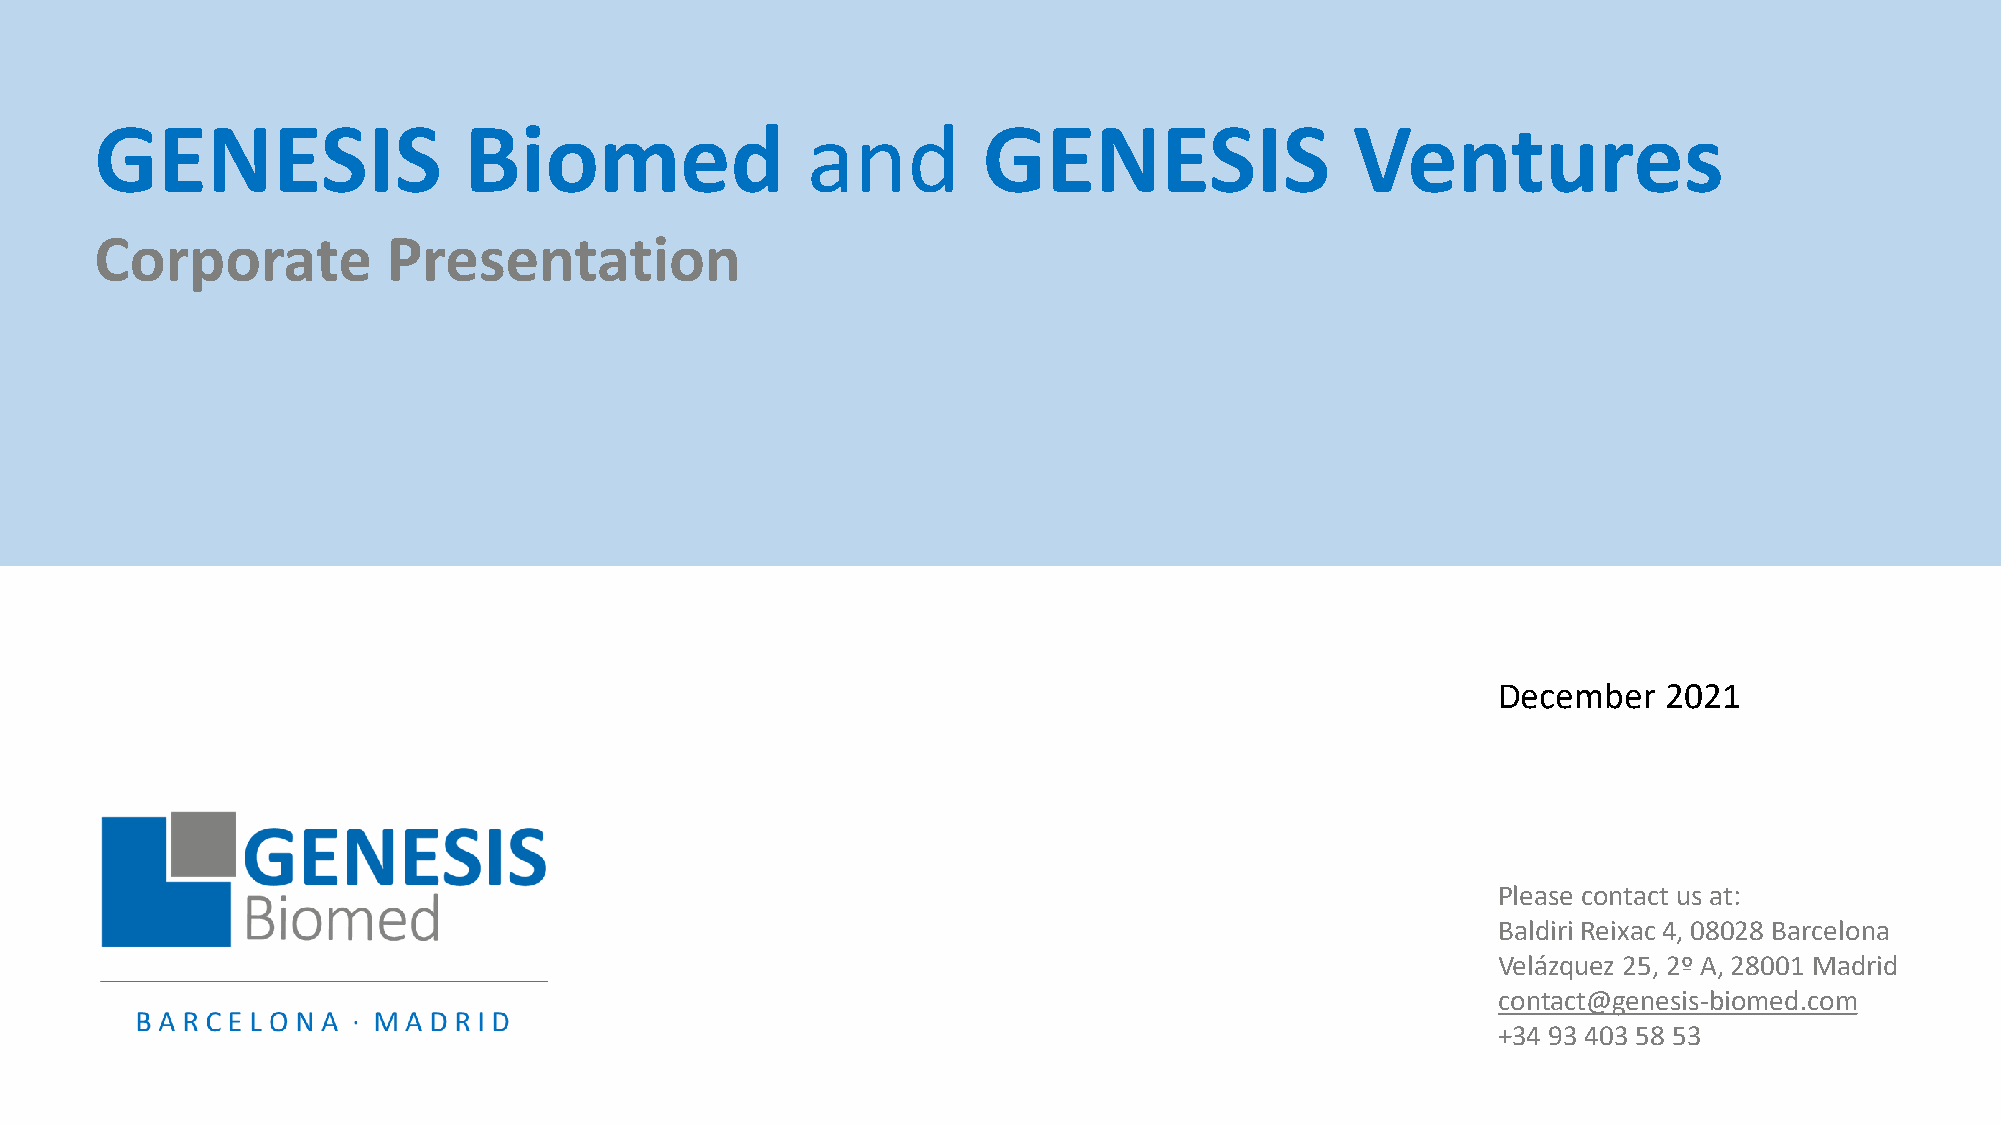
GENESIS                  Biomed                and         GENESIS                  Ventures
 Corporate           Presentation
 December   2021
 Please contact us at:
 Baldiri Reixac 4, 08028 Barcelona
 Velázquez 25, 2º A, 28001 Madrid
 contact@genesis-biomed.com
 +34 93 403 58 53
 GENESIS  Biomed  - Corporate Presentation                                      1